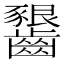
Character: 𪙲